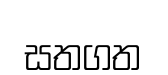
සතගත